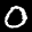
Label: 0